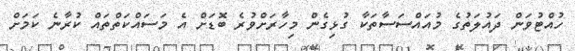
ހުއްޓުވަން ދައުލަތުގެ މުއައްސަސާތަކާ ގުޅިގެން މިހާރަށްވުރެ ބޮޑަށް އެ މަސައްކަތްތައް ކުރާނެ ކަމަށް